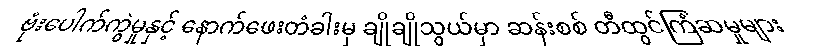
ဗုံးပေါက်ကွဲမှုနှင့် နောက်ဖေးတံခါးမှ ချိုချိုသွယ်မှာ ဆန်းစစ် တီထွင်ကြံဆမှုများ